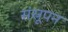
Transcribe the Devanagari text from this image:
संस्रूपन